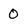
Character: 0